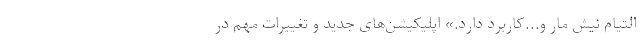
التیام نیش مار و...کاربرد دارد.» اپلیکیشن‌های جدید و تغییرات مهم در